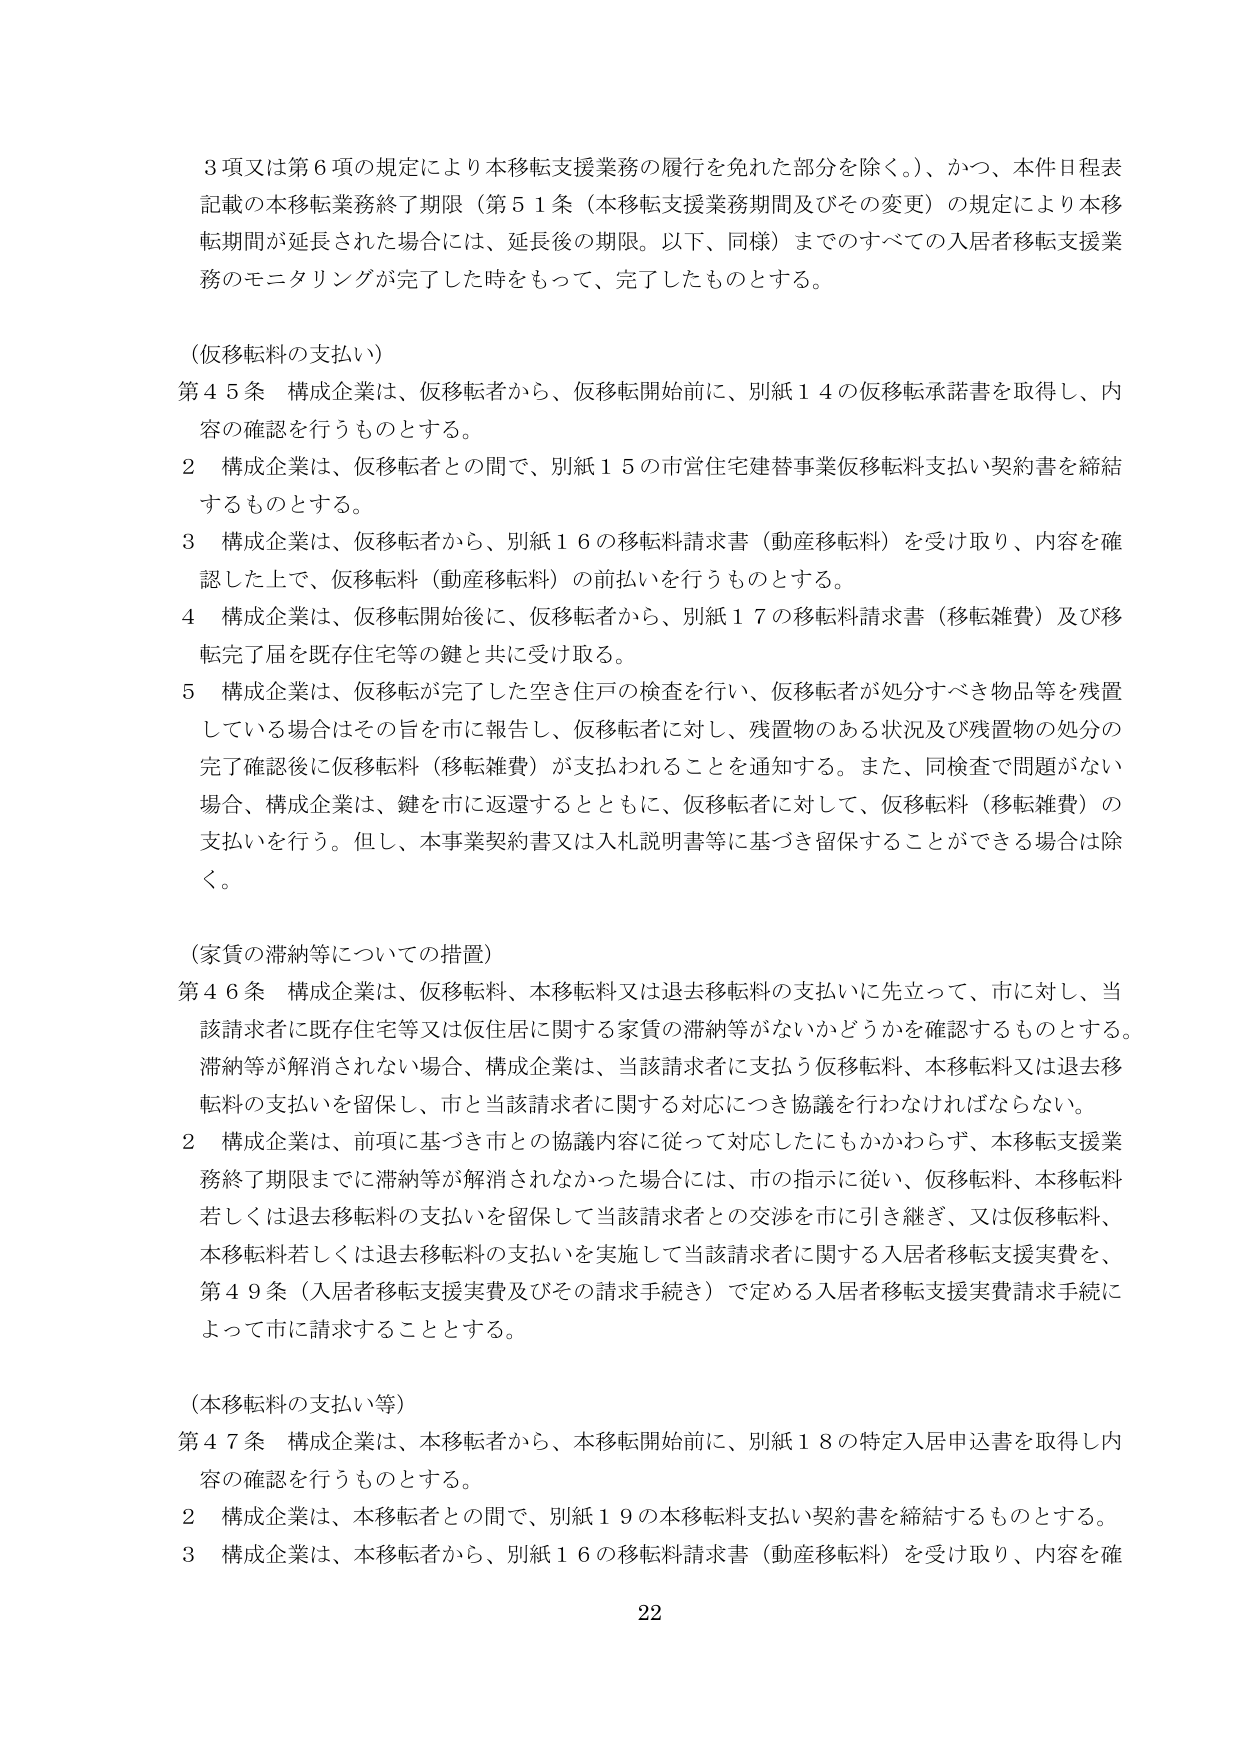
３項又は第６項の規定により本移転支援業務の履行を免れた部分を除く。）、かつ、本件日程表記載の本移転業務終了期限（第５１条（本移転支援業務期間及びその変更）の規定により本移転期間が延長された場合には、延長後の期限。以下、同様）までのすべての入居者移転支援業務のモニタリングが完了した時をもって、完了したものとする。

（仮移転料の支払い）
第４５条 構成企業は、仮移転者から、仮移転開始前に、別紙１４の仮移転承諾書を取得し、内容の確認を行うものとする。
２ 構成企業は、仮移転者との間で、別紙１５の市営住宅建替事業仮移転料支払い契約書を締結するものとする。
３ 構成企業は、仮移転者から、別紙１６の移転料請求書（動産移転料）を受け取り、内容を確認した上で、仮移転料（動産移転料）の前払いを行うものとする。
４ 構成企業は、仮移転開始後に、仮移転者から、別紙１７の移転料請求書（移転雑費）及び移転完了届を既存住宅等の鍵と共に受け取る。
５ 構成企業は、仮移転が完了した空き住戸の検査を行い、仮移転者が処分すべき物品等を残置している場合はその旨を市に報告し、仮移転者に対し、残置物のある状況及び残置物の処分の完了確認後に仮移転料（移転雑費）が支払われることを通知する。また、同検査で問題がない場合、構成企業は、鍵を市に返還するとともに、仮移転者に対して、仮移転料（移転雑費）の支払いを行う。但し、本事業契約書又は入札説明書等に基づき留保することができる場合は除く。

（家賃の滞納等についての措置）
第４６条 構成企業は、仮移転料、本移転料又は退去移転料の支払いに先立って、市に対し、当該請求者に既存住宅等又は仮住居に関する家賃の滞納等がないかどうかを確認するものとする。滞納等が解消されない場合、構成企業は、当該請求者に支払う仮移転料、本移転料又は退去移転料の支払いを留保し、市と当該請求者に関する対応につき協議を行わなければならない。
２ 構成企業は、前項に基づき市との協議内容に従って対応したにもかかわらず、本移転支援業務終了期限までに滞納等が解消されなかった場合には、市の指示に従い、仮移転料、本移転料若しくは退去移転料の支払いを留保して当該請求者との交渉を市に引き継ぎ、又は仮移転料、本移転料若しくは退去移転料の支払いを実施して当該請求者に関する入居者移転支援実費を、第４９条（入居者移転支援実費及びその請求手続き）で定める入居者移転支援実費請求手続によって市に請求することとする。

（本移転料の支払い等）
第４７条 構成企業は、本移転者から、本移転開始前に、別紙１８の特定入居申込書を取得し内容の確認を行うものとする。
２ 構成企業は、本移転者との間で、別紙１９の本移転料支払い契約書を締結するものとする。
３ 構成企業は、本移転者から、別紙１６の移転料請求書（動産移転料）を受け取り、内容を確

22